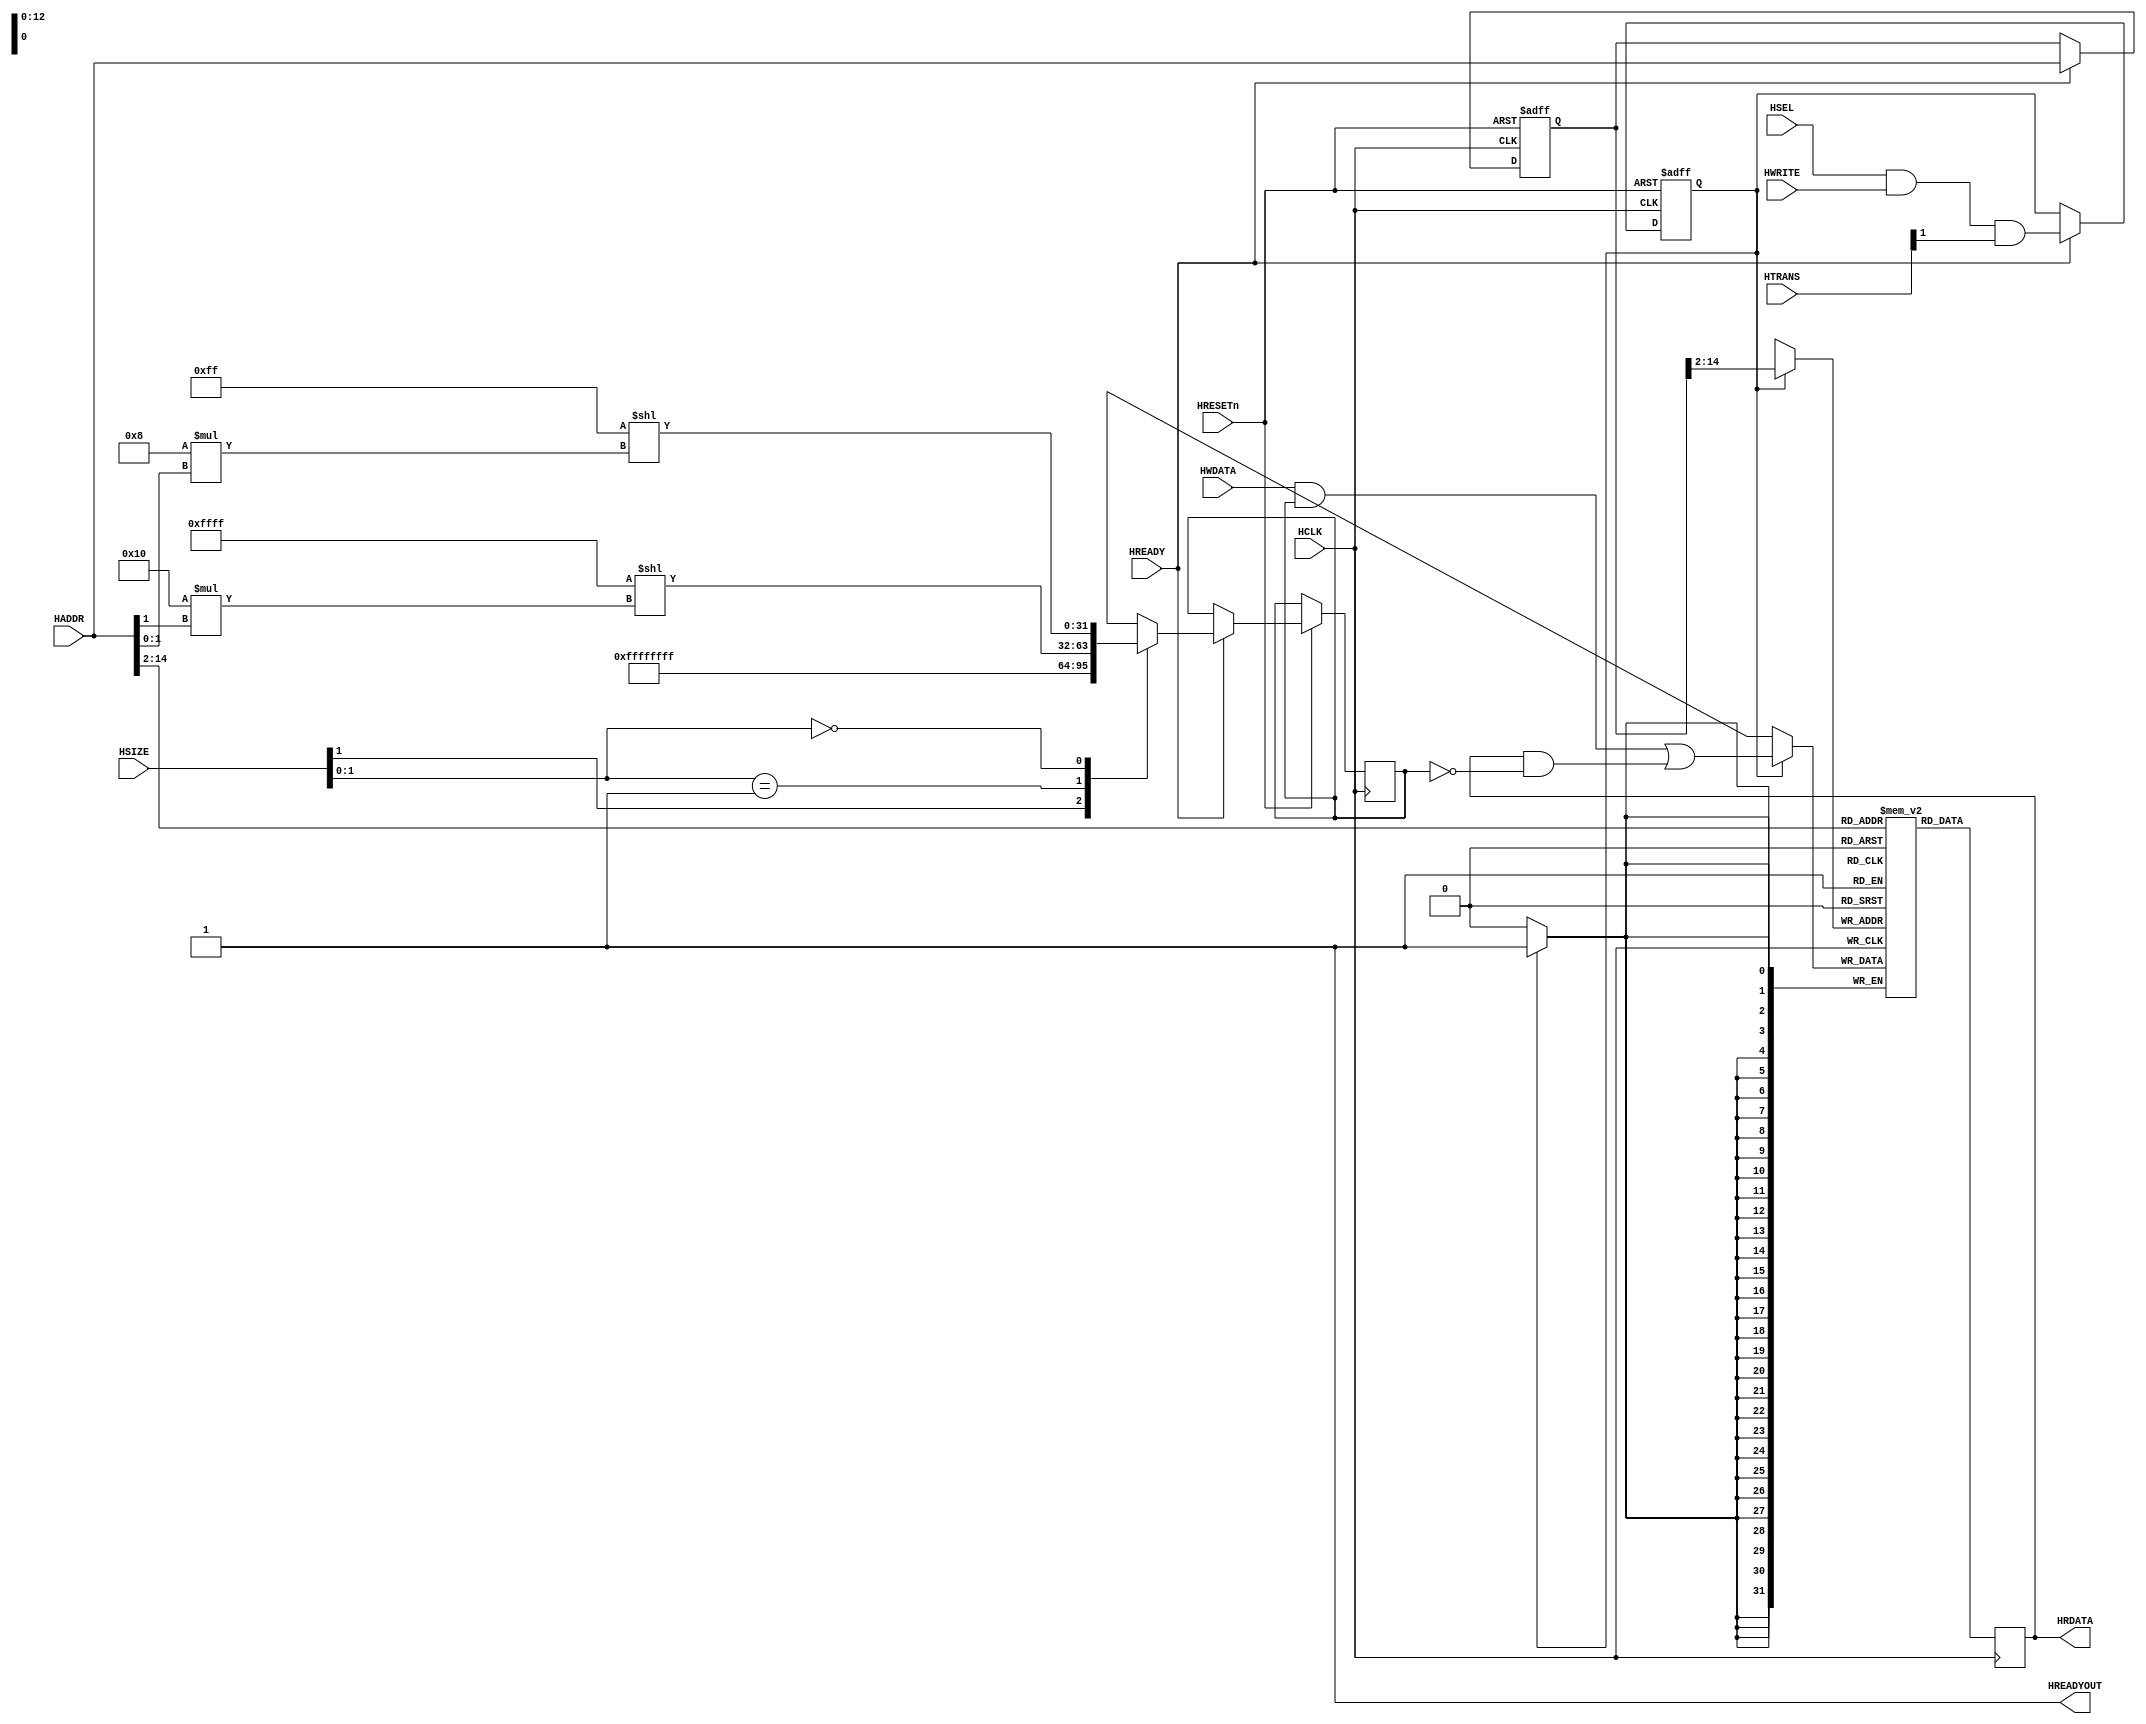
`timescale 1ns / 1ps

module AHB2RAM
   #(parameter MEMWIDTH = 15)               // Size = 32KB
   (
   input wire           HSEL,
   input wire           HCLK,
   input wire           HRESETn,
   input wire           HREADY,
   input wire    [31:0] HADDR,
   input wire     [1:0] HTRANS,
   input wire           HWRITE,
   input wire     [2:0] HSIZE,
   input wire    [31:0] HWDATA,
   output wire          HREADYOUT,
   output wire    [31:0] HRDATA
   );

   assign HREADYOUT = 1'b1; // Always ready

   // Memory Array
   reg  [31:0] memory[0:(2**(MEMWIDTH-2)-1)];

   // Registers to store Adress Phase Signals
   reg  [31:0] hwdata_mask;
   reg         we;
   reg  [31:0] buf_hwaddr;
    
    // kaito part
    reg [31:0] HRDATA_tmp;
    reg HSEL_tmp;
    always @(posedge HCLK) begin
        /* #10 */ HSEL_tmp <= HSEL;
    end
    assign HRDATA = HRDATA_tmp;
/*    
    reg HWRITE_tmp;
    always @(posedge HCLK) begin
        if(HREADY) begin
            HSEL_tmp <= HSEL;
            HWRITE_tmp <= HWRITE;
        end
    end
    assign HRDATA = HSEL_tmp ? HRDATA_tmp : 32'hzzzz_zzzz;
*/    
   // Sample the Address Phase   
   always @(posedge HCLK or negedge HRESETn)
   begin
      if(!HRESETn)
      begin
         we <= 1'b0;
         buf_hwaddr <= 32'h0;
      end
      else
         if(HREADY)
         begin
            we <= HSEL & HWRITE & HTRANS[1];
            buf_hwaddr <= HADDR;
   
            casez (HSIZE[1:0])
               2'b1?: hwdata_mask <=  32'hFFFFFFFF;                        // Word write
               2'b01: hwdata_mask <= (32'h0000FFFF << (16 * HADDR[1]));    // Halfword write
               2'b00: hwdata_mask <= (32'h000000FF << (8 * HADDR[1:0]));   // Byte write
            endcase
          end
   end
   
   // Read and Write Memory
   always @ (posedge HCLK)
   begin
      if(we)
         memory[buf_hwaddr[MEMWIDTH:2]] <= (HWDATA & hwdata_mask) | (HRDATA & ~hwdata_mask);
      HRDATA_tmp = memory[HADDR[MEMWIDTH:2]];
   end
   
//    always @(*) begin
//       HRDATA_tmp <= memory[HADDR[MEMWIDTH:2]];
//    end

endmodule